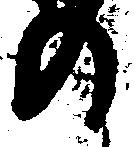
の